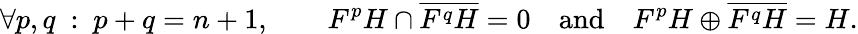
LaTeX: \forall p,q\ :\ p+q=n+1,\qquad F^{p}H\cap{\overline{{F^{q}H}}}=0\quad{\mathrm{and}}\quad F^{p}H\oplus{\overline{{F^{q}H}}}=H.